Annual administration report of the Civil Veterinary Department, Sind - 1938-1939
Year: 1938
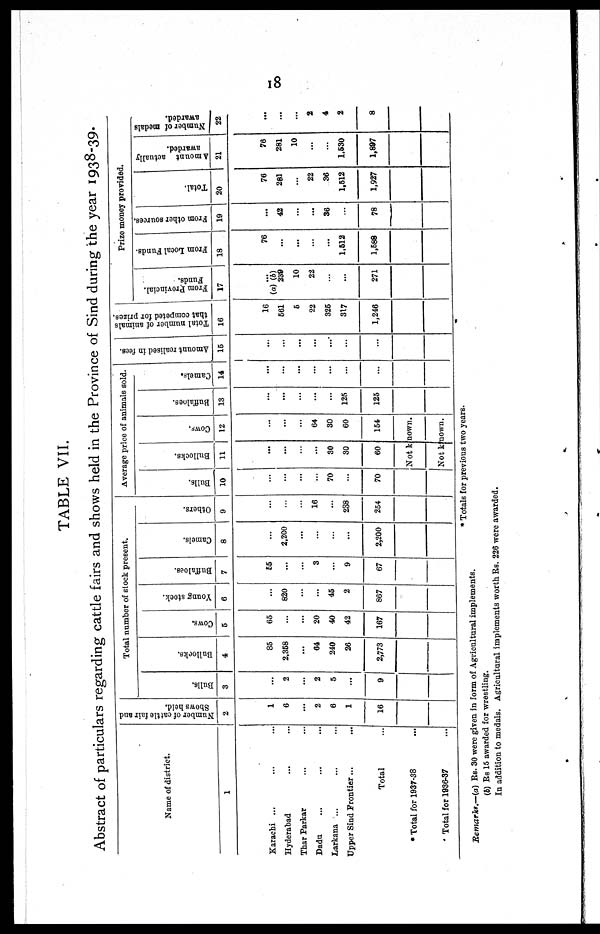
18
TABLE VII.
Abstract of particulars regarding cattle fairs and shows held in the Province of Sind during the year 1938-39.
Name of district.
1
Karachi ... ... ...
Hyderabad ... ...
Thar Parkar ... ...
Dadu ... ... ...
Larkana ... ... ...
Upper Sind Frontier... ...
Total ...
* Total for 1937-38 ...
Total for 1936-37 ...
Number of cattle fair and
Shows held.
2
1
6
...
2
6
1
16
Total number of stock present.
Bulls.
3
...
2
...
2
5
...
9
Bullocks.
4
85
2.358
...
64
240
26
2,773
Cows.
5
65
...
...
20
40
42
167
Young stock.
6
...
820
...
...
45
2
867
Buffaloes.
7
55
...
...
3
...
9
67
Camels.
8
...
2,260
...
...
...
...
2,200
Others.
9
...
...
...
16
...
238
254
Average price of animals sold.
Bulls.
10
...
...
...
...
70
...
70
Bullocks.
11
...
...
...
...
30
30
60
COWS.
12
...
...
...
64
30
60
154
Not known.
Not known.
Buffaloes.
13
...
...
...
...
...
125
125
Camels.
14
...
...
...
...
...
...
...
Amount realised in fees.
15
...
...
...
...
...
...
...
Total number of animals
that competed for prizes.
16
16
561
5
22
326
317
1,246
Prize money provided.
Fr om Provincial.
Funds.
17
...
(a) (b)
239
10
22
...
...
271
From Local Funds.
18
76
...
...
...
...
1,512
1,588
From other sources.
19
...
42
...
...
36
...
78
Total.
20
76
281
...
22
36
1,512
1,927
Amount actually
awarded.
21
76
281
10
...
...
1,630
1,897
Nu mb e r of medals
awarded.
22
...
...
...
2
4
2
8
* Totals for previous two years.
Remarks.—(a) Rs. 30 were given in form of Agricultural implements.
(b) Rs 15 awarded for wrestling.
In addition to medals. Agricultural implements worth Rs. 226 were awarded.